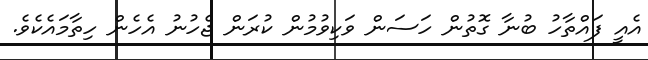
އެއީ ފައްތާހު ބުނާ ގޮތުން ހަސަން ވަކިވުމުން ކުރަން ޖެހުނު އެހެން ހިތާމައެކެވެ.